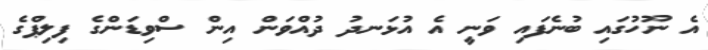
އެ ނޫހުގައި ބުނެފައި ވަނީ އެ އުޅަނދު ދުއްވަން އިން ސްވިޑަންގެ ފިލިޕްގެ